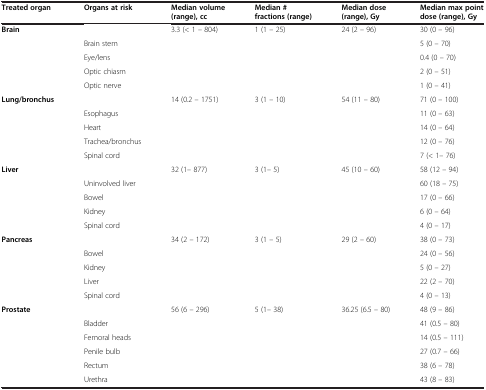
| Treated organ | Organs at risk | Median volume (range), cc | Median # fractions (range) | Median dose (range), Gy | Median max point dose (range), Gy |
 | --- | --- | --- | --- | --- | --- |
 | Brain |  | 3.3 (< 1 – 804) | 1 (1 – 25) | 24 (2 – 96) | 30 (0 – 96) |
 |  | Brain stem |  |  |  | 5 (0 – 70) |
 |  | Eye/lens |  |  |  | 0.4 (0 – 70) |
 |  | Optic chiasm |  |  |  | 2 (0 – 51) |
 |  | Optic nerve |  |  |  | 1 (0 – 41) |
 | Lung/bronchus |  | 14 (0.2 – 1751) | 3 (1 – 10) | 54 (11 – 80) | 71 (0 – 100) |
 |  | Esophagus |  |  |  | 11 (0 – 63) |
 |  | Heart |  |  |  | 14 (0 – 64) |
 |  | Trachea/bronchus |  |  |  | 12 (0 – 76) |
 |  | Spinal cord |  |  |  | 7 (< 1– 76) |
 | Liver |  | 32 (1– 877) | 3 (1– 5) | 45 (10 – 60) | 58 (12 – 94) |
 |  | Uninvolved liver |  |  |  | 60 (18 – 75) |
 |  | Bowel |  |  |  | 17 (0 – 66) |
 |  | Kidney |  |  |  | 6 (0 – 64) |
 |  | Spinal cord |  |  |  | 4 (0 – 17) |
 | Pancreas |  | 34 (2 – 172) | 3 (1 – 5) | 29 (2 – 60) | 38 (0 – 73) |
 |  | Bowel |  |  |  | 24 (0 – 56) |
 |  | Kidney |  |  |  | 5 (0 – 27) |
 |  | Liver |  |  |  | 22 (2 – 70) |
 |  | Spinal cord |  |  |  | 4 (0 – 13) |
 | Prostate |  | 56 (6 – 296) | 5 (1– 38) | 36.25 (6.5 – 80) | 48 (9 – 86) |
 |  | Bladder |  |  |  | 41 (0.5 – 80) |
 |  | Femoral heads |  |  |  | 14 (0.5 – 111) |
 |  | Penile bulb |  |  |  | 27 (0.7 – 66) |
 |  | Rectum |  |  |  | 38 (6 – 78) |
 |  | Urethra |  |  |  | 43 (8 – 83) |